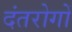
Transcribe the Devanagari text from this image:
दंतरोगों